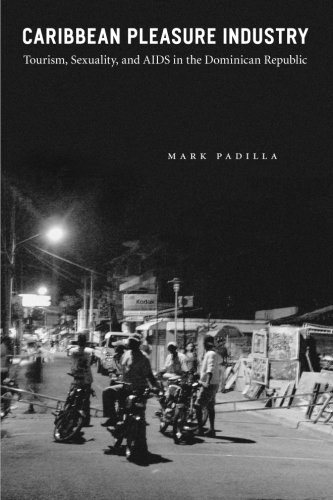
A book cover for Caribbean Pleasure Industry: Tourism, Sexuality, and AIDS in the Dominican Republic (Worlds of Desire: The Chicago Series on Sexuality, Gender, and Culture); Mark Padilla; Gay & Lesbian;